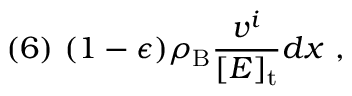
( 6 ) \ ( 1 - \epsilon ) \rho _ { \mathrm { B } } \frac { v ^ { i } } { [ E ] _ { \mathrm { t } } } d x \ ,